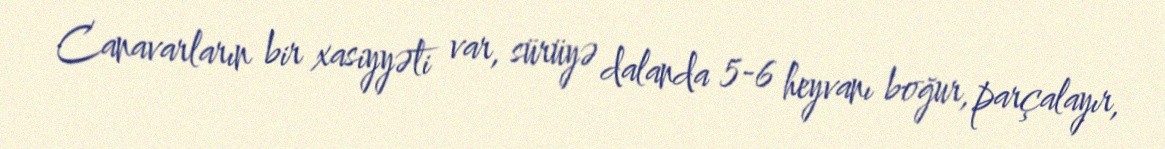
Canavarların bir xasiyyəti var, sürüyə dalanda 5-6 heyvanı boğur, parçalayır,